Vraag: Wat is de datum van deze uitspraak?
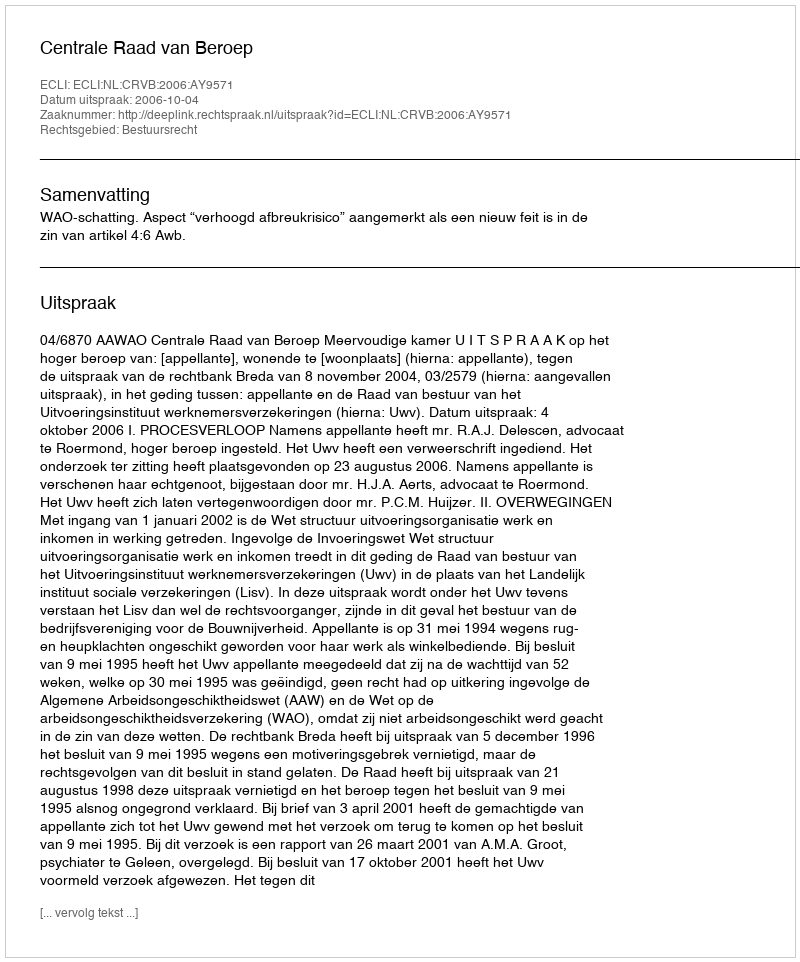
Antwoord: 2006-10-04